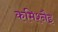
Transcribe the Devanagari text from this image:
कमिश्नैइ